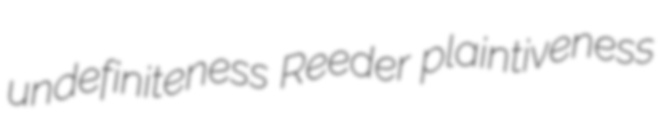
undefiniteness Reeder plaintiveness